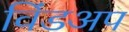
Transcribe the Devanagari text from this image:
विंडअप